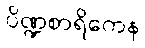
ပိဏ္ဍစာရိကေန